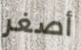
أصغر